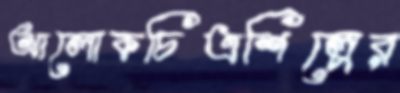
আলোকচিত্রশিল্পের